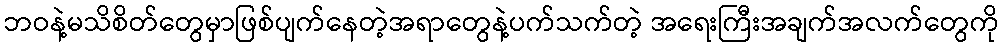
ဘဝနဲ့မသိစိတ်တွေမှာဖြစ်ပျက်နေတဲ့အရာတွေနဲ့ပက်သက်တဲ့ အရေးကြီးအချက်အလက်တွေကို